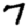
Digit: 7